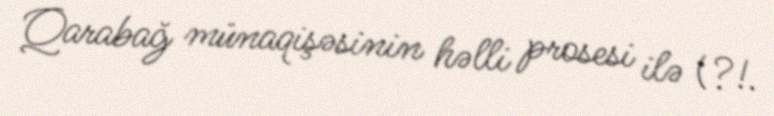
Qarabağ münaqişəsinin həlli prosesi ilə (?!.